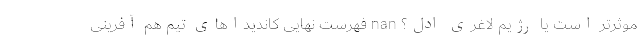
موثرتر است یا رژیم لاغری ادل؟ nan فهرست نهایی کاندیداهای تیم هم آفرینی